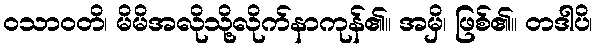
ဝသာဝတိ၊ မိမိအလိုသို့လိုက်နာကုန်၏။ အမှိ၊ ဖြစ်၏။ တဒါပိ၊